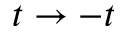
t \rightarrow - t